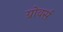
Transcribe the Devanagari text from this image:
ग्रोवर्स